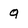
Character: q